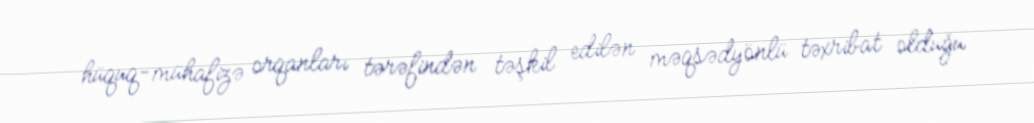
hüquq-mühafizə orqanları tərəfindən təşkil edilən məqsədyönlü təxribat olduğu